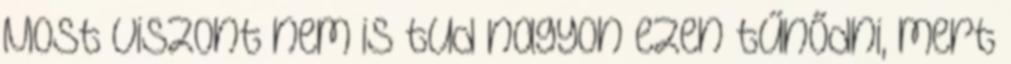
Most viszont nem is tud nagyon ezen tűnődni, mert